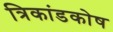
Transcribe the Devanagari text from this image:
त्रिकांडकोष